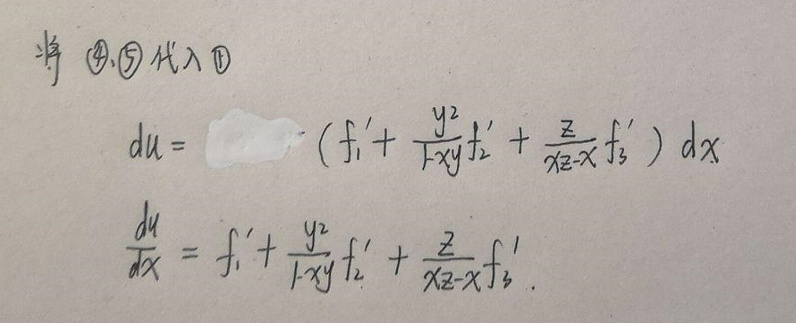
将 \textcircled{4}, \textcircled{5} 代入 \textcircled{1}
\[
\begin{align*}
du&=\cdots (f_1' + \frac{y^2}{1 - xy}f_2' + \frac{z}{xz - x}f_3')dx\\
\frac{du}{dx}&=f_1' + \frac{y^2}{1 - xy}f_2' + \frac{z}{xz - x}f_3'
\end{align*}
\]